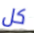
كل